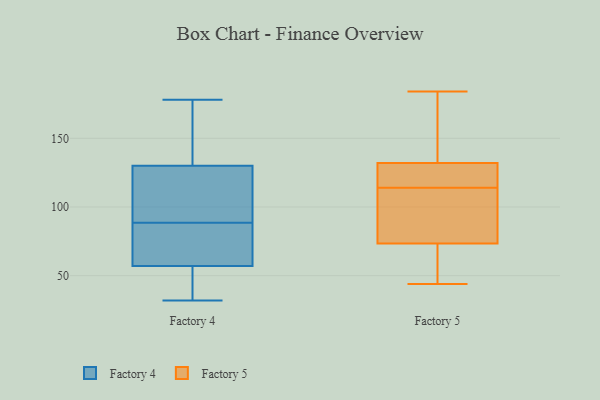
{"axis": {"x": "Market Share (%)", "y": "Value"}, "legend": ["Factory 4", "Factory 5"], "data": [{"x": "", "y": 32, "type": "Factory 4"}, {"x": "", "y": 171, "type": "Factory 4"}, {"x": "", "y": 117, "type": "Factory 4"}, {"x": "", "y": 96, "type": "Factory 4"}, {"x": "", "y": 48, "type": "Factory 4"}, {"x": "", "y": 123, "type": "Factory 4"}, {"x": "", "y": 57, "type": "Factory 4"}, {"x": "", "y": 76, "type": "Factory 4"}, {"x": "", "y": 48, "type": "Factory 4"}, {"x": "", "y": 81, "type": "Factory 4"}, {"x": "", "y": 130, "type": "Factory 4"}, {"x": "", "y": 178, "type": "Factory 4"}, {"x": "", "y": 170, "type": "Factory 4"}, {"x": "", "y": 60, "type": "Factory 4"}, {"x": "", "y": 136, "type": "Factory 5"}, {"x": "", "y": 86, "type": "Factory 5"}, {"x": "", "y": 184, "type": "Factory 5"}, {"x": "", "y": 164, "type": "Factory 5"}, {"x": "", "y": 128, "type": "Factory 5"}, {"x": "", "y": 44, "type": "Factory 5"}, {"x": "", "y": 61, "type": "Factory 5"}, {"x": "", "y": 112, "type": "Factory 5"}, {"x": "", "y": 52, "type": "Factory 5"}, {"x": "", "y": 116, "type": "Factory 5"}, {"x": "", "y": 127, "type": "Factory 5"}, {"x": "", "y": 99, "type": "Factory 5"}]}